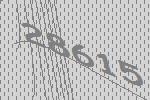
28615